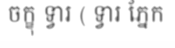
ចក្ខុ ទ្វារ ( ទ្វារ ភ្នែក